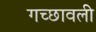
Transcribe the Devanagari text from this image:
गच्छावली